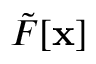
\tilde { F } [ \mathbf { x } ]